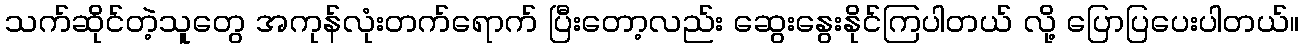
သက်ဆိုင်တဲ့သူတွေ အကုန်လုံးတက်ရောက် ပြီးတော့လည်း ဆွေးနွေးနိုင်ကြပါတယ် လို့ ပြောပြပေးပါတယ်။